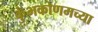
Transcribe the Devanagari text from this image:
कुंभकोणमच्या